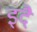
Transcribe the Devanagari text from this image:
इदै